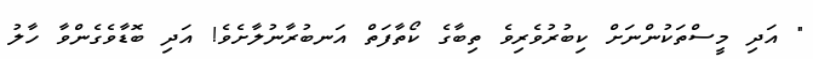
" އަދި މީސްތަކުންނަށް ކިބުރުވެރިވެ ތިބާގެ ކޯތާފަތް އަނބުރާނުލާށެވެ! އަދި ބޮޑާވެގެންވާ ހާލު